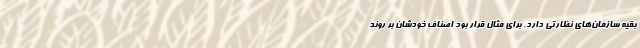
بقیه سازمان‌های نظارتی دارد. برای مثال قرار بود اصناف خودشان بر روند